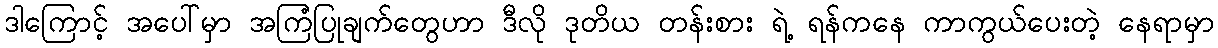
ဒါကြောင့် အပေါ်မှာ အကြံပြုချက်တွေဟာ ဒီလို ဒုတိယ တန်းစား ရဲ့ ရန်ကနေ ကာကွယ်ပေးတဲ့ နေရာမှာ